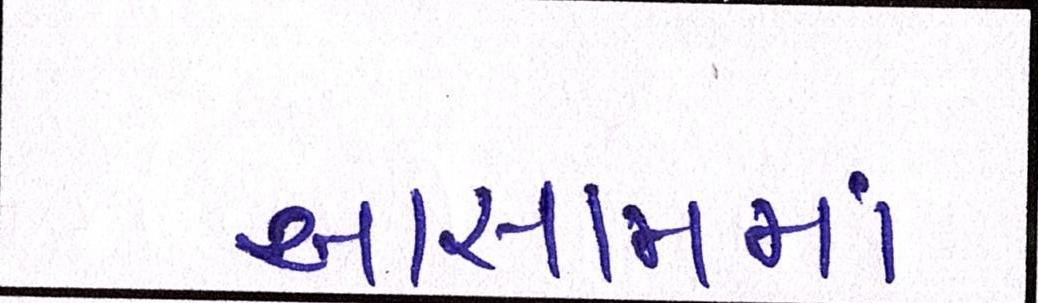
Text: આસામમાં